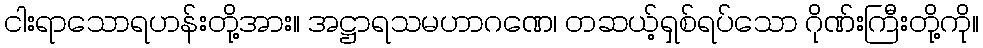
ငါးရာသောရဟန်းတို့အား။ အဋ္ဌာရသမဟာဂဏေ၊ တဆယ့်ရှစ်ရပ်သော ဂိုဏ်းကြီးတို့ကို။